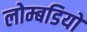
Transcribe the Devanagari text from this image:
लोम्बडियो